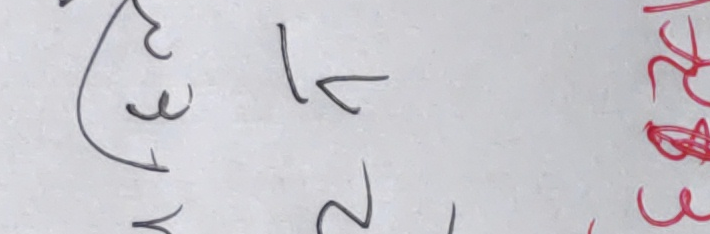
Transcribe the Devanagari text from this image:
३
२ १